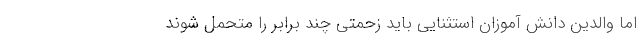
اما والدین دانش آموزان استثنایی باید زحمتی چند برابر را متحمل شوند